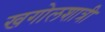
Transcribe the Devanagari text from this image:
खगोलशात्री